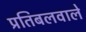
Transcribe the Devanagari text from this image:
प्रतिबलवाले